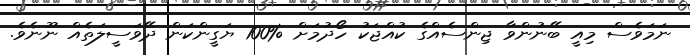
ނަމަވެސް މިއީ ބޭނުންވާ ޖިންސެއްގެ ކުއްޖަކު ހޯދުމަށް %100 ޔަގީންކަން ދޭވަސީލަތެއް ނޫނެވެ.